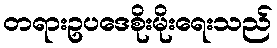
တရားဥပဒေစိုးမိုးရေးသည်